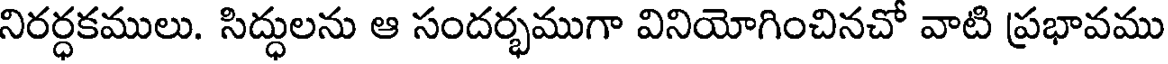
నిరర్ధకములు. సిద్ధులను ఆ సందర్భముగా వినియోగించినచో వాటి ప్రభావము